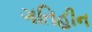
ગતિહીન